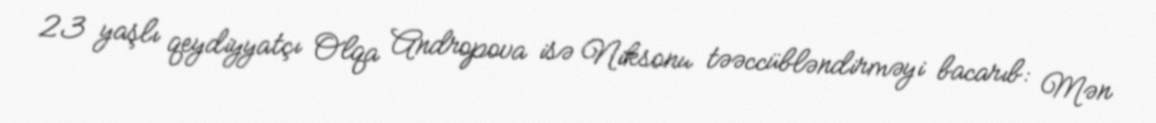
23 yaşlı qeydiyyatçı Olqa Andropova isə Niksonu təəccübləndirməyi bacarıb: Mən